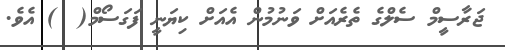
ޖަރާސީމް ސެލްގެ ތެރެއަށް ވަނުމުން އެއަށް ކިޔަނީ ފަގަސޯމް(  ) އެވެ.